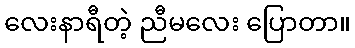
လေးနာရီတဲ့ ညီမလေး ပြောတာ။